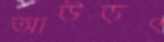
আউড়ৎ